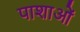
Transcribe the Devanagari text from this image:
पाशाओं